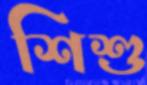
শিশু